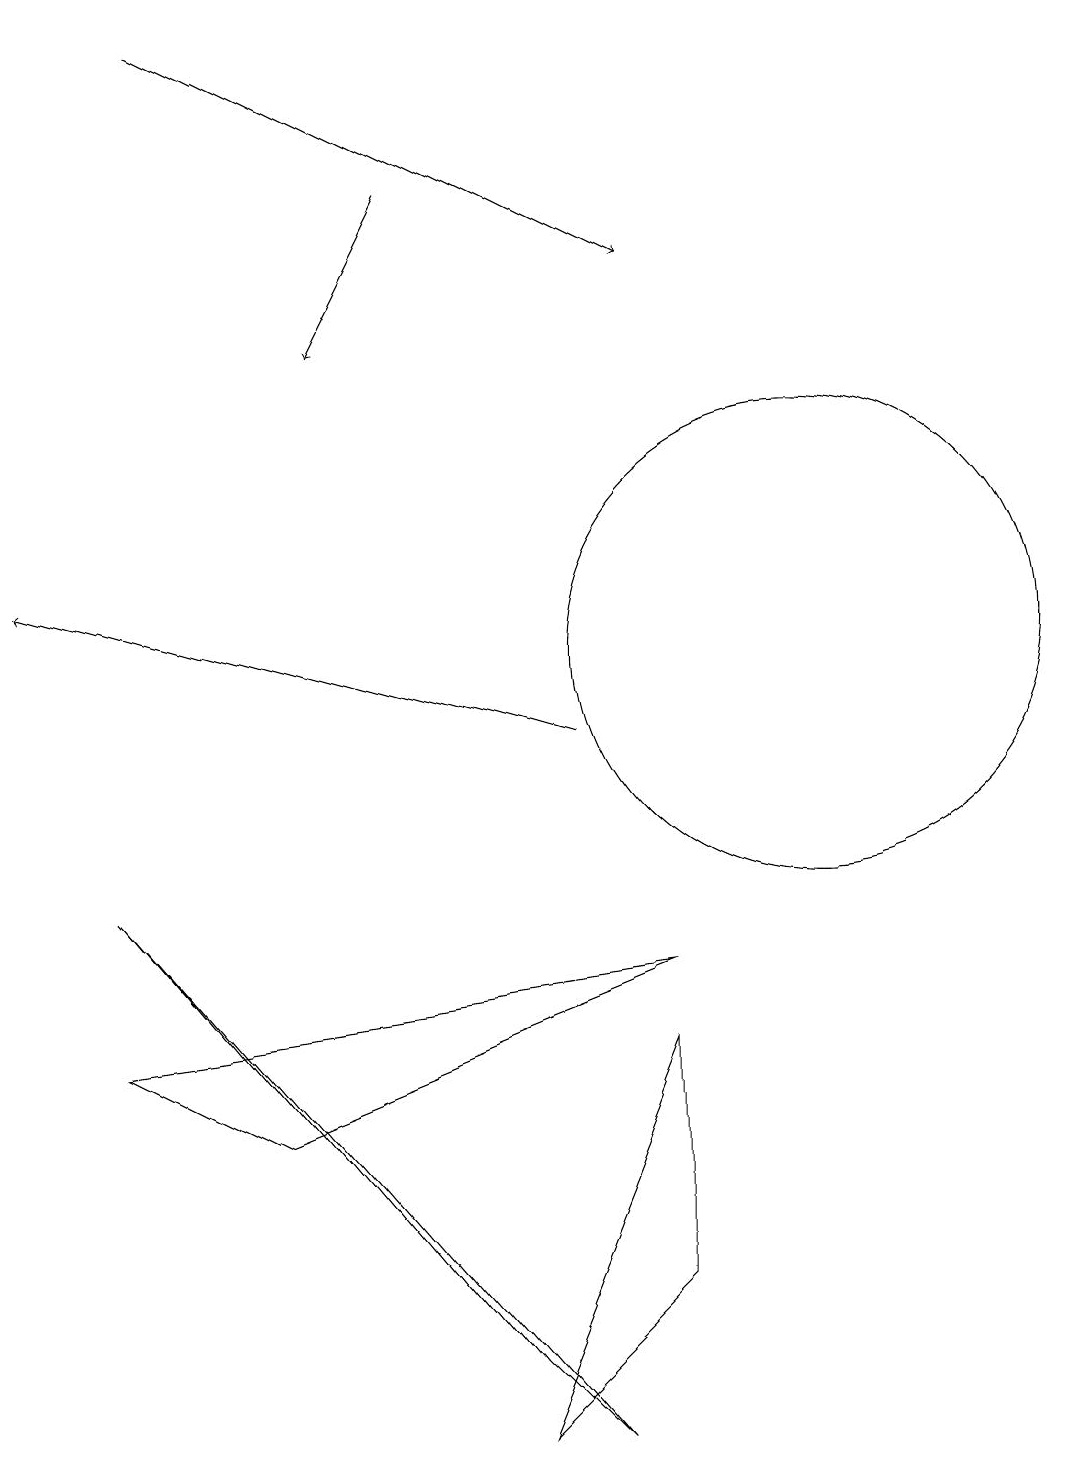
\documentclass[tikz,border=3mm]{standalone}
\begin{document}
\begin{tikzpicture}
\draw[->] (3,19) -- (9,16);
\draw (11,12) circle (0);
\draw (2,8) -- (7,2) -- (8,1) -- cycle;
\draw (9,7) -- (2,6) -- (4,5) -- cycle;
\draw[->] (8,10) -- (1,12);
\draw[->] (6,17) -- (5,15);
\draw (9,6) -- (9,3) -- (7,1) -- cycle;
\draw (11,11) circle (3);
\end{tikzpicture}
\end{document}